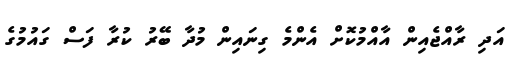
އަދި ރާއްޖެއިން އާއްމުކޮށް އެންމެ ގިނައިން މުދާ ބޭރު ކުރާ ފަސް ގައުމުގެ